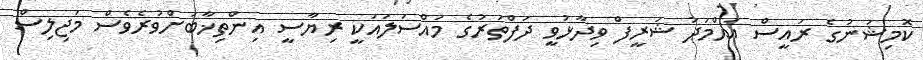
ކޮމިޝަނުގެ ރައީސް އަޙްމަދު ޝަރީފް ވިދާޅުވީ ދަފްތަރުގެ މައްސަލައަކީ ރިޔާސީ އިންތިޚާބަށްވުރެވެސް މަޖިލިސް